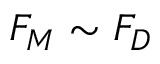
F _ { M } \sim F _ { D }